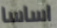
اساسا